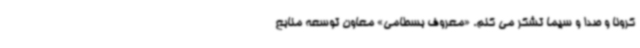
کرونا و صدا و سیما تشکر می کنم. «معروف بسطامی» معاون توسعه منابع